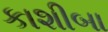
કાશીબા